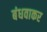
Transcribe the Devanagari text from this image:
बंधवाकर